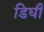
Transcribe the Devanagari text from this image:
डिघी